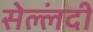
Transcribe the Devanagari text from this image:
सेल्लंदी